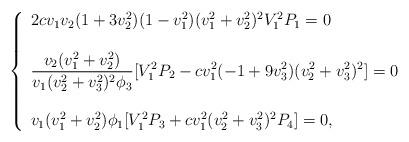
LaTeX: \begin{align*}\left\{\begin{array}{l} 2 c v_1 v_2 (1 + 3 v_2^2) ( 1 - v_1^2) (v_1^2 + v_2^2)^2V_1^2 P_1 = 0\\\\ \displaystyle\frac{v_2 (v_1^2 + v_2^2)}{ v_1 (v_2^2 + v_3^2)^2 \phi_3} [V_1^2 P_2 - c v_1^2 (-1 + 9 v_3^2) (v_2^2 + v_3^2)^2]=0\\\\ v_1 (v_1^2 + v_2^2) \phi_1[V_1^2 P_3 + c v_1^2 (v_2^2 + v_3^2)^2 P_4]=0,\end{array}\right.\end{align*}